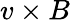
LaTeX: v\times B